Scottish Leaving Certificate Examination, 1958
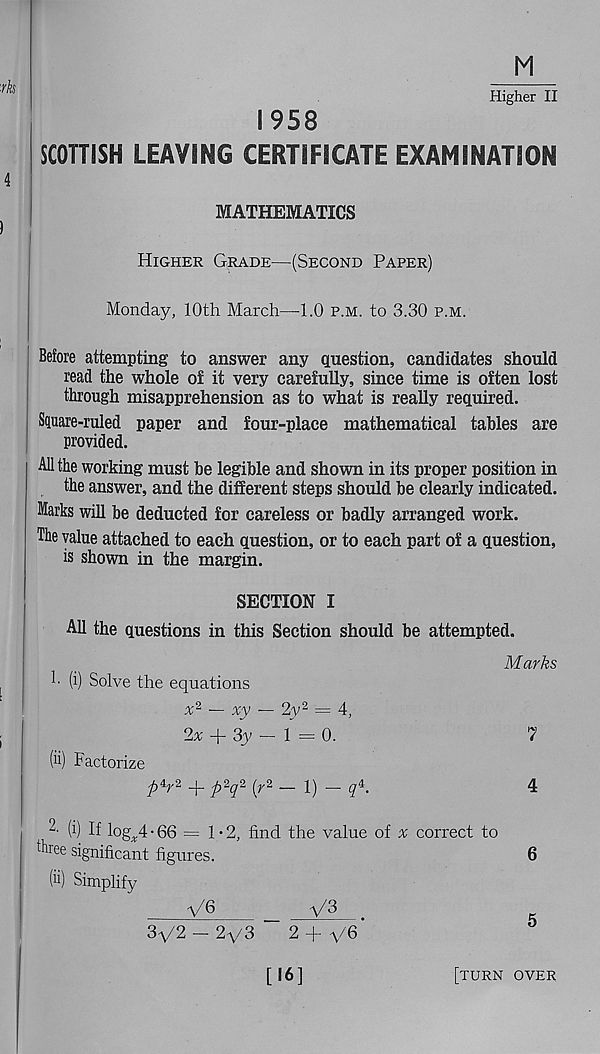
M
Higher II
1958
SCOTTISH LEAVING CERTIFICATE EXAMINATION
MATHEMATICS
Higher Grade—(Second Paper)
Monday, 10th March—1.0 p.m. to 3.30 p.m.
Before attempting to answer any question, candidates should
read the whole of it very carefully, since time is often lost
through misapprehension as to what is really required.
Sguare-ruled paper and four-place mathematical tables are
provided.
All the working must be legible and shown in its proper position in
the answer, and the different steps should be clearly indicated.
Marks will be deducted for careless or badly arranged work.
The value attached to each question, or to each part of a question,
is shown in the margin.
SECTION I
All the questions in this Section should be attempted.
Marks
1- (i) Solve the equations
x % — xy — 2y 2 = 4,
2% + 3y — 1 = 0.
(ii) Factorize
pi y i
p2 q 2 ( r 2 — 1) — q*.
4
W If log^.4 • 66 = 1-2, find the value of a correct to
ftiee significant figures.
(ii) Simplify
6
V6
V3
5
3V2-2V3
2 ( ye*
[16]
[turn over